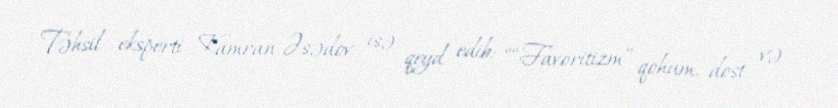
Təhsil eksperti Kamran Əsədov isə qeyd edib: ““Favoritizm” qohum, dost və